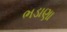
ભડાણા